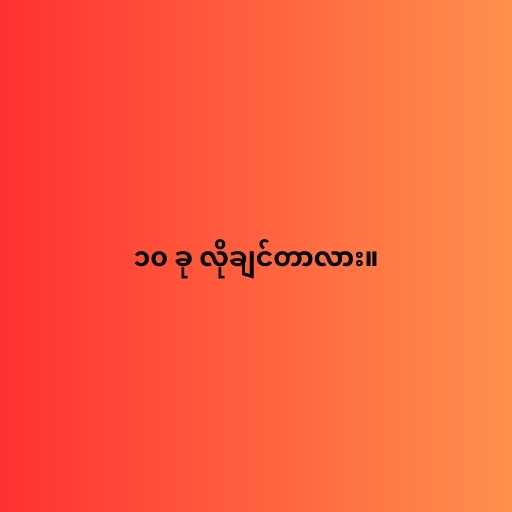
၁၀ ခု လိုချင်တာလား။